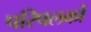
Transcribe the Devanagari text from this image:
परिपलकों